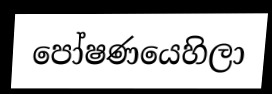
පෝෂණයෙහිලා